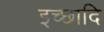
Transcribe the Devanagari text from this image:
इच्छादि